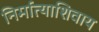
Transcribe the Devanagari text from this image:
निर्मात्याशिवाय